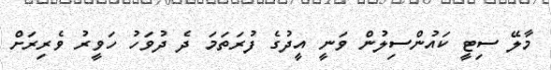
މާލޭ ސިޓީ ކައުންސިލުން ވަނީ އީދުގެ ފުރަތަމަ ދެ ދުވަހު ހަވީރު ވެރިރަށް